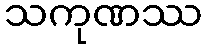
သကုဏဿ